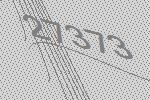
27373